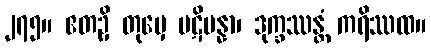
၂၇၅။ ဧတဥှိ တုမှေ ပဋိပန္နာ၊ ဒုက္ခဿန္တံ ကရိဿထ။